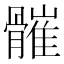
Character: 𩪓